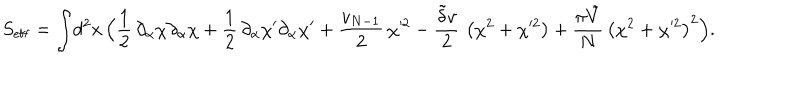
LaTeX: S _ { \mathrm { e f f } } = \int \! d ^ { 2 } x \, \Bigl ( { \frac { 1 } { 2 } } \, \partial _ { \alpha } \chi \partial _ { \alpha } \chi + { \frac { 1 } { 2 } } \, \partial _ { \alpha } \chi ^ { \prime } \partial _ { \alpha } \chi ^ { \prime } + { \frac { v _ { N - 1 } } { 2 } } \, \chi ^ { 2 } - { \frac { \tilde { \delta } v } { 2 } } \, \left( \chi ^ { 2 } + \chi ^ { 2 } \right) + { \frac { \pi \tilde { V } } { N } } \, \left( \chi ^ { 2 } + \chi ^ { 2 } \right) ^ { 2 } \Bigr ) .